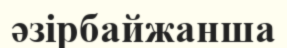
әзірбайжанша